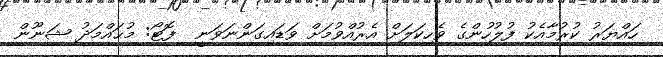
ހައްޔަރު ކުރުމާއެކު ފުލުހުންގެ ވެހިކަލަށް އެރުއްވުމަށް ވަޑައިގަންނަވަނީ  ފޮޓޯ: މުޙައްމަދު ޝަނޫން